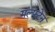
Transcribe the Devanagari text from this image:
गल्फ्टेन